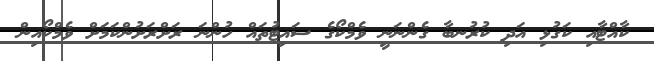
ކާއްޓާއި ކަގުޅި އަދި ކުރުނބާ ގެންނަނީ ވެމްކޯގެ ސައިޓުތައް ހުންނަ ރަށްރަށުންކަމަށް ވެމްކޯއިން